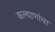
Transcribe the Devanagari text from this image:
कल्याणांचा